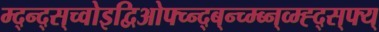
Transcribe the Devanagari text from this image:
म्द्न्द्स्च्वोइद्विओफ्च्न्द्ब्न्च्म्ब्न्व्म्ह्द्स्फ्य्